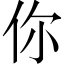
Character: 你